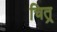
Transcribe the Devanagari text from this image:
चित्र्